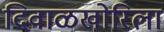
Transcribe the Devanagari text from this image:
दिवाळखोरिला